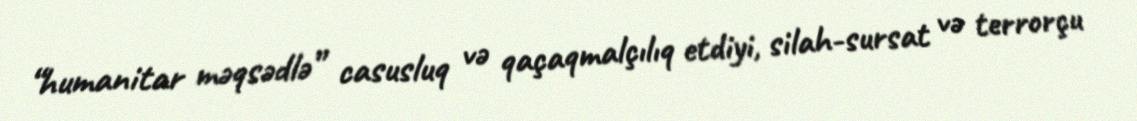
“humanitar məqsədlə” casusluq və qaçaqmalçılıq etdiyi, silah-sursat və terrorçu